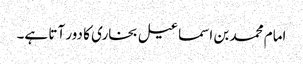
امام محمد بن اسماعیل بخاری کا دور آتا ہے۔